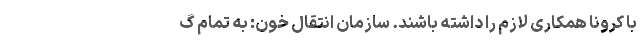
با کرونا همکاری لازم را داشته باشند. سازمان انتقال خون: به تمام گ